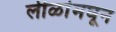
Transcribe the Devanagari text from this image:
लीळांमघून